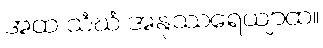
အထ သံဃံ အနုဿရေယျာထ။